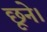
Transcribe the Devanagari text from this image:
छूने।